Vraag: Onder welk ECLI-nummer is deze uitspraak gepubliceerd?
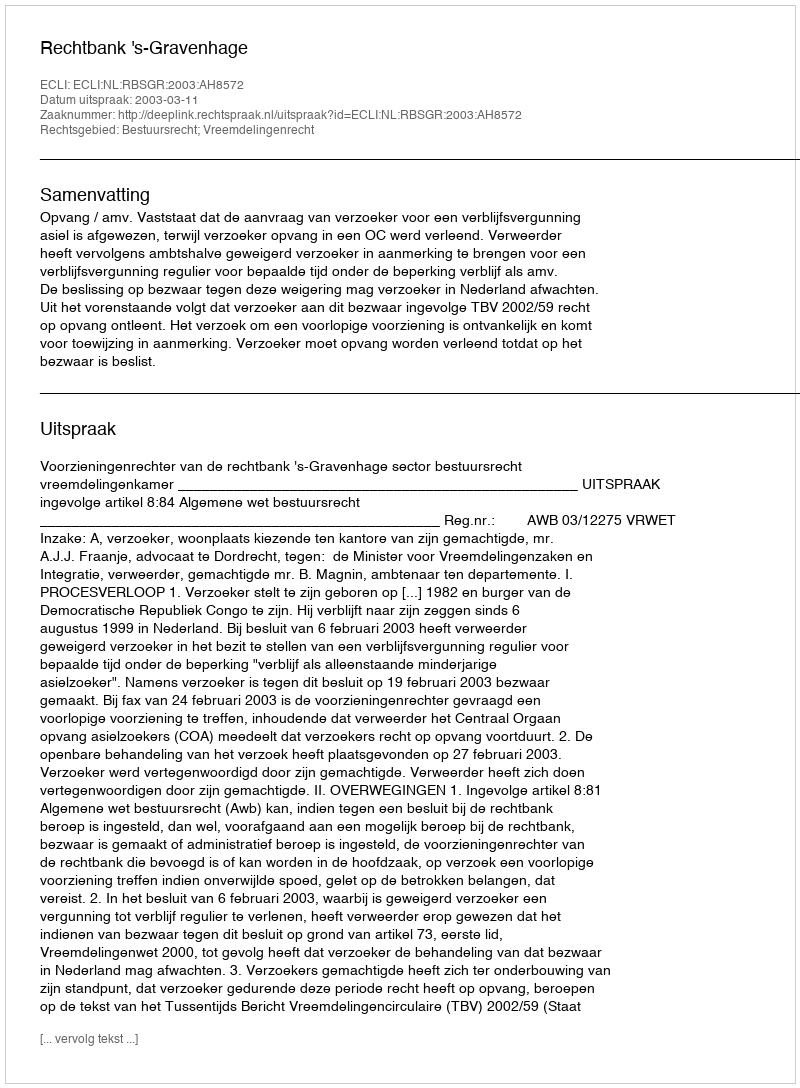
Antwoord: ECLI:NL:RBSGR:2003:AH8572